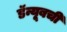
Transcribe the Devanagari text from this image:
डॅन्यूबची